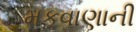
મકવાણાની